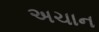
અચાન